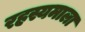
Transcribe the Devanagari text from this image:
रहस्यमाला